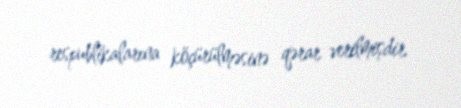
respublikalarına köçürülməsinə qərar verilmişdir.